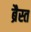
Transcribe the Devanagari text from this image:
ब्रैस्त